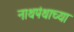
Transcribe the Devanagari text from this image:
नाथपंथाच्या